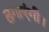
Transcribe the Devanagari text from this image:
लगाएंगी।